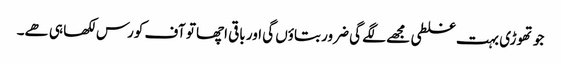
جو تھوڑی بہت غلطی مجھے لگے گی ضرور بتاؤں گی اور باقی اچھا تو آف کورس لکھا ہی ھے۔